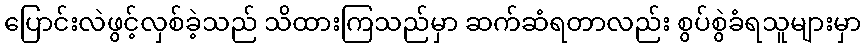
ပြောင်းလဲဖွင့်လှစ်ခဲ့သည် သိထားကြသည်မှာ ဆက်ဆံရတာလည်း စွပ်စွဲခံရသူများမှာ